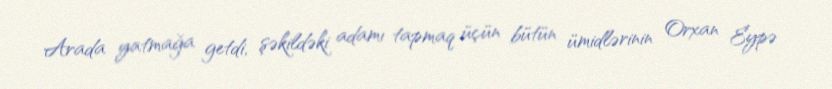
Arada yatmağa getdi, şəkildəki adamı tapmaq üçün bütün ümidlərinin Orxan Eypə